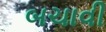
બચાવી